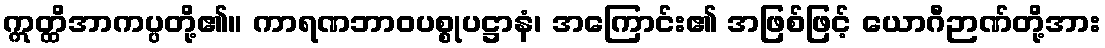
ဣတ္ထိအာကပ္ပတို့၏။ ကာရဏဘာဝပစ္စုပဋ္ဌာနံ၊ အကြောင်း၏ အဖြစ်ဖြင့် ယောဂီဉာဏ်တို့အား